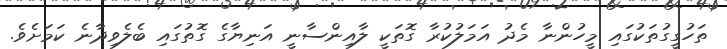
ތަހުގީގުތަކުގައި މީހުންނާ މެދު އަމަލުކުރާ ގޮތަކީ ލާއިންސާނީ އަނިޔާގެ ގޮތުގައި ބެލެވިދާނެ ކަމަށެވެ.